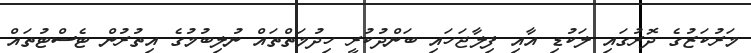
މަރުކަޒުގެ ދޮރުގައި ލަކުޑި އާއި ފިލާޖަހައި ބަންދުކުރީ ހިދުމަތްތައް ނުލިބުމުގެ އިތުރުން ޓެސްޓުތައް